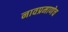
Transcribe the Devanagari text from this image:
नावप्रमाणेच